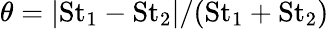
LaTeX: \theta=|\mathrm{St}_{1}-\mathrm{St}_{2}|/(\mathrm{St}_{1}+\mathrm{St}_{2})